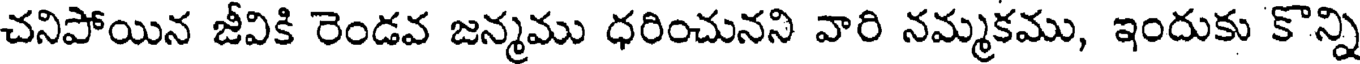
చనిపోయిన జీవికి రెండవ జన్మము ధరించునని వారి నమ్మకము, ఇందుకు కొన్ని